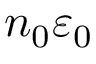
n _ { 0 } \varepsilon _ { 0 }